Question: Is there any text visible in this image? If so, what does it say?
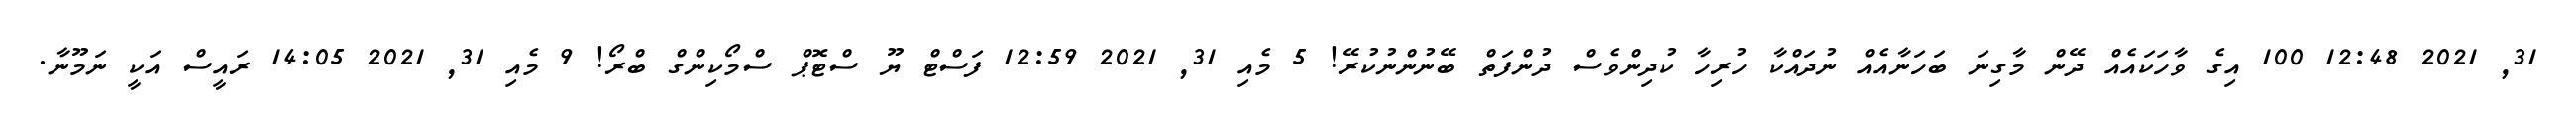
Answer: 31, 2021 12:48 100 އިގެ ވާހަކައެއް ދޭން މާގިނަ ބަހަނާއެއް ނުދައްކާ ހުރިހާ ކުދިންވެސް ދުންފަތް ބޭނުންނުކުރޭ! 5 މެއި 31, 2021 12:59 ފަސްޓް ޔޫ ސްޓޮޕް ސްމޯކިންގް ބްރޯ! 9 މެއި 31, 2021 14:05 ރައީސް އަކީ ނަމޫނާ.